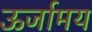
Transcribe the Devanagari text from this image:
ऊर्जामय